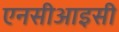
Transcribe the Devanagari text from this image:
एनसीआइसी